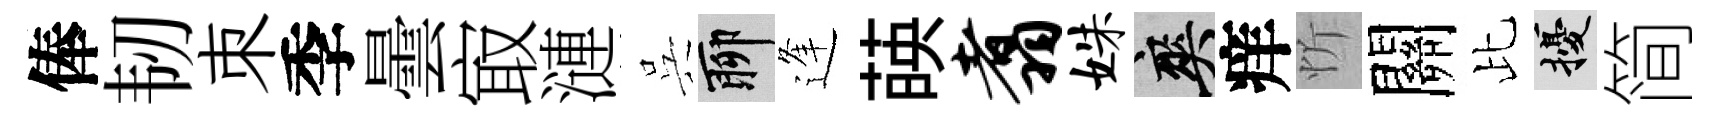
俸韧朿季曇㝡漣呉聊逢𦴤翥姝爽痒忻關比擾简